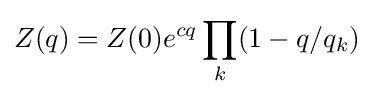
Z(q)=Z(0)e^{cq}\prod _{k}(1-q/q_{k})